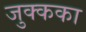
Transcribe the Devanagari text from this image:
जुक्कका